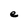
Character: e